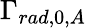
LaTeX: \Gamma_{rad,0,A}